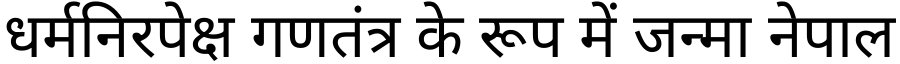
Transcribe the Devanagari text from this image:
धर्मनिरपेक्ष गणतंत्र के रूप में जन्मा नेपाल